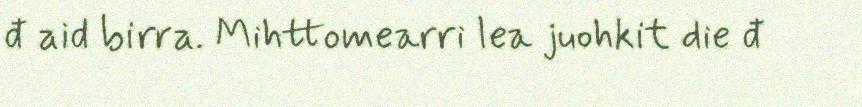
đ aid birra. Mihttomearri lea juohkit die đ